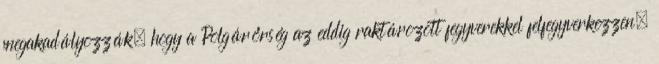
megakadályozzák, hogy a Polgárőrség az eddig raktározott fegyverekkel felfegyverkezzen.